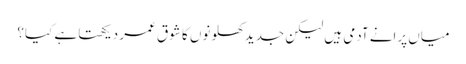
میاں پرانے آدمی ہیں لیکن جدید کھلونوں کا شوق عمر دیکھتا ہے کیا؟